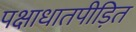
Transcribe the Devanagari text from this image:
पक्षाधातपीड़ित